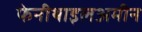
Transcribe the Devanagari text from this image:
फेनीथाइलअमीन